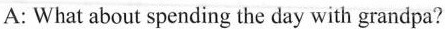
A: What about spending the day with grandpa?